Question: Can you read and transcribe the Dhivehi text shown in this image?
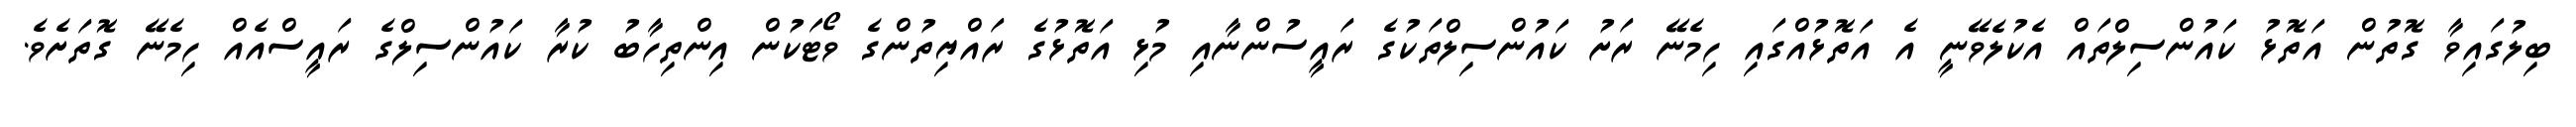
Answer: ބިލުގައިވާ ގޮތުން އަތޮޅު ކައުންސިލްތައް އެކުލެވޭނީ އެ އަތޮޅުއްގައި ހިމެނޭ ރަށު ކައުންސިލްތަކުގެ ރައީސުންނާއި މުޅި އަތޮޅުގެ ރައްޔިތުންގެ ވޯޓަކުން އިންތިހާބު ކުރާ ކައުންސިލްގެ ރައީސްއެއް ހިމެނޭ ގޮތަށެވެ.